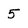
Character: 5